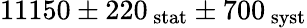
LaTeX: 11150\pm 220\mathrm{_{\, stat}}\pm 700\mathrm{_{\, syst}}